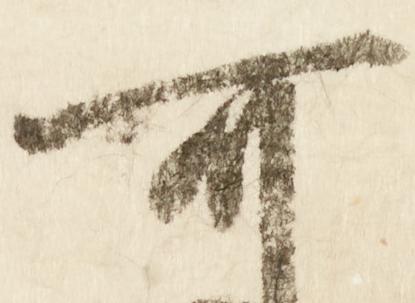
可